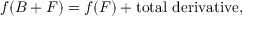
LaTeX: f ( B + F ) = f ( F ) + \mathrm { t o t a l ~ d e r i v a t i v e } ,